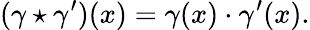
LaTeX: (\gamma\star\gamma^{\prime})(x)=\gamma(x)\cdot\gamma^{\prime}(x).